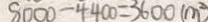
8 0 0 0 - 4 4 0 0 = 3 6 0 0 ( m ^ { 2 } )